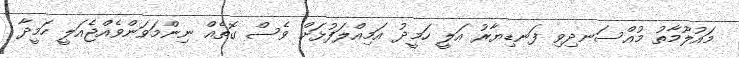
މައުލޫމާތު މުއްސަނދިވި ފަނޑިޔާރު އަލީ ހަމީދު އަމިއްލަފުޅަށް ވެސް ގޮތެއް ނިންމަވަންވެއްޖެއަލީ ހަމީދާ